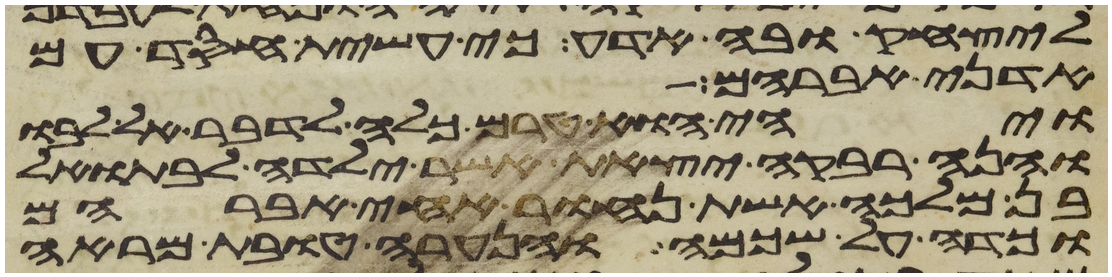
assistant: ליצחק ובה אדע כי עשית חסד עם
אדני אברהם
ויהי הוא טרם כלה לדבר אל לבו
והנה רבקה יצאת אשר ילדה לבתואל
בן מלכה אשת נחור אחי אברהם
וכדה על שכמה והנערה טובת מראה